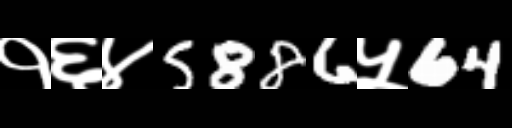
Text: १६४5886५64